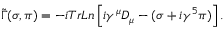
\tilde { \Gamma } ( \sigma , \pi ) = - i T r L n \left[ i \gamma ^ { \mu } D _ { \mu } - ( \sigma + i \gamma ^ { 5 } \pi ) \right] .